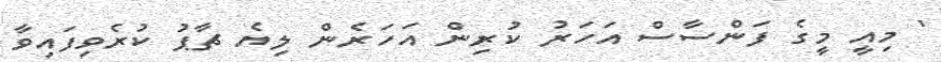
' މިއީ މީގެ ފަންސާސް އަހަރު ކުރިން އަހަރެން ލިޔެ ޗާޕު ކުރެވިފައިވާ